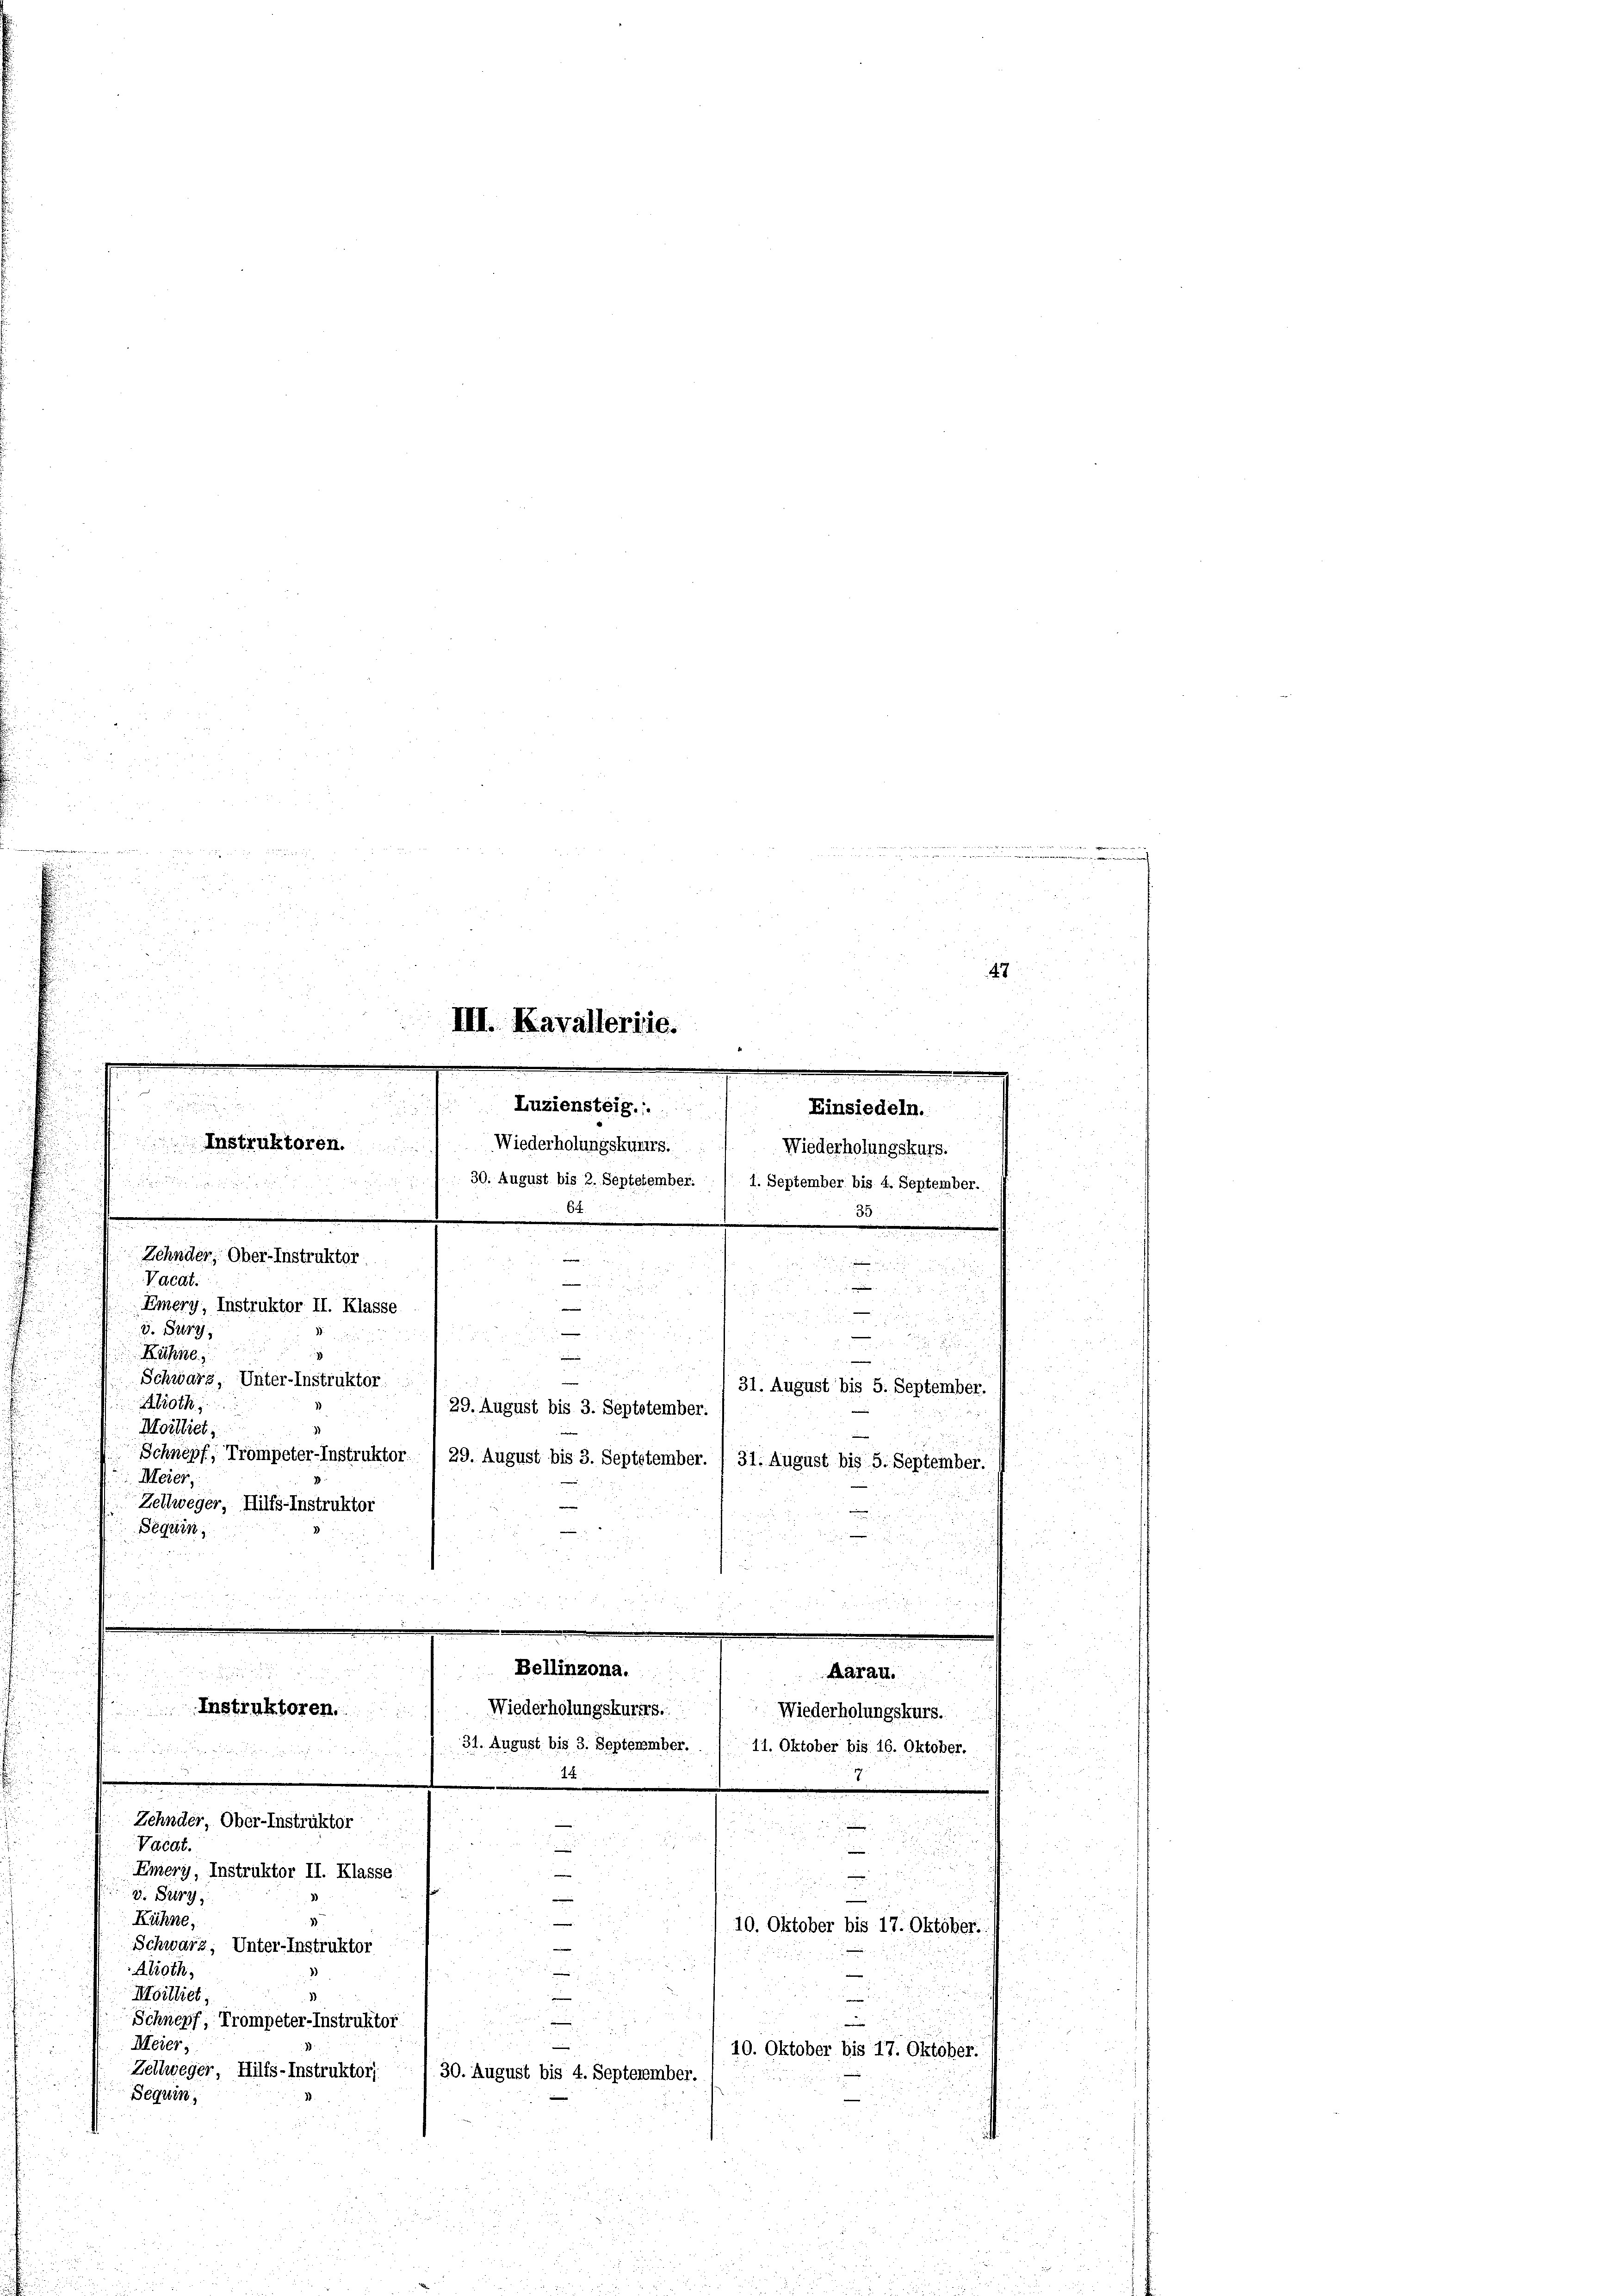
d

a
7

5
5

u
5
.
47
22 23
d
III. Kavalleriie.
 5
u

.

Luziensteig.
2
Einsiedeln.
Wiederholungskurs. Wiederholungskurs.

 30. August bis 2. Septetember. / 1. September bis 4. September.

6
.
.
u
Zehnder, Ober-Instruktor
.
 21. 2.

u
Vacat:
u
e
.

Emery, Instruktor II. Klasse
 xx

i
d. Burg.
5
.

.

e
Instruktoren.

Rähne
Alroth
Moilliet,
Meier
Beguin,

.
e

Bellinzona.
.
Aarau
Instruktoren. Wiederholungskurirs.
Wiederholungskurs.
31. August bis 3. Septerember. / 11. Oktober bis 16. Oktober.
14
.
Zehnder, Ober-Instruktor
g
i
u
Vaedt.
d
2

Emery, Instruktor II. Klasse

i
v. Bürg
i
52
Kühne,
.
10. Oktober bis 17. Oktober.
i
Schwarz, Unter-Instruktor

Alroth,
Moilliet,
1
e
e
i
Schnepf, Trompeter-Instruktor
.
Meiers
10. Oktober bis 17. Oktober.
Zellweger, Hilfs-Instruktor; 1 30. August bis 4. Septezember.
Séquin,

Schwarz, Unter-Instruktor

Zellweger, Hilfs-Instruktor

i
29. August bis 3. Septotember.
Schnepf, Trompeter-Instruktor / 29. August bis 3. Septptember. / 31. August bis 5. September.

57

31. August bis 5. September.